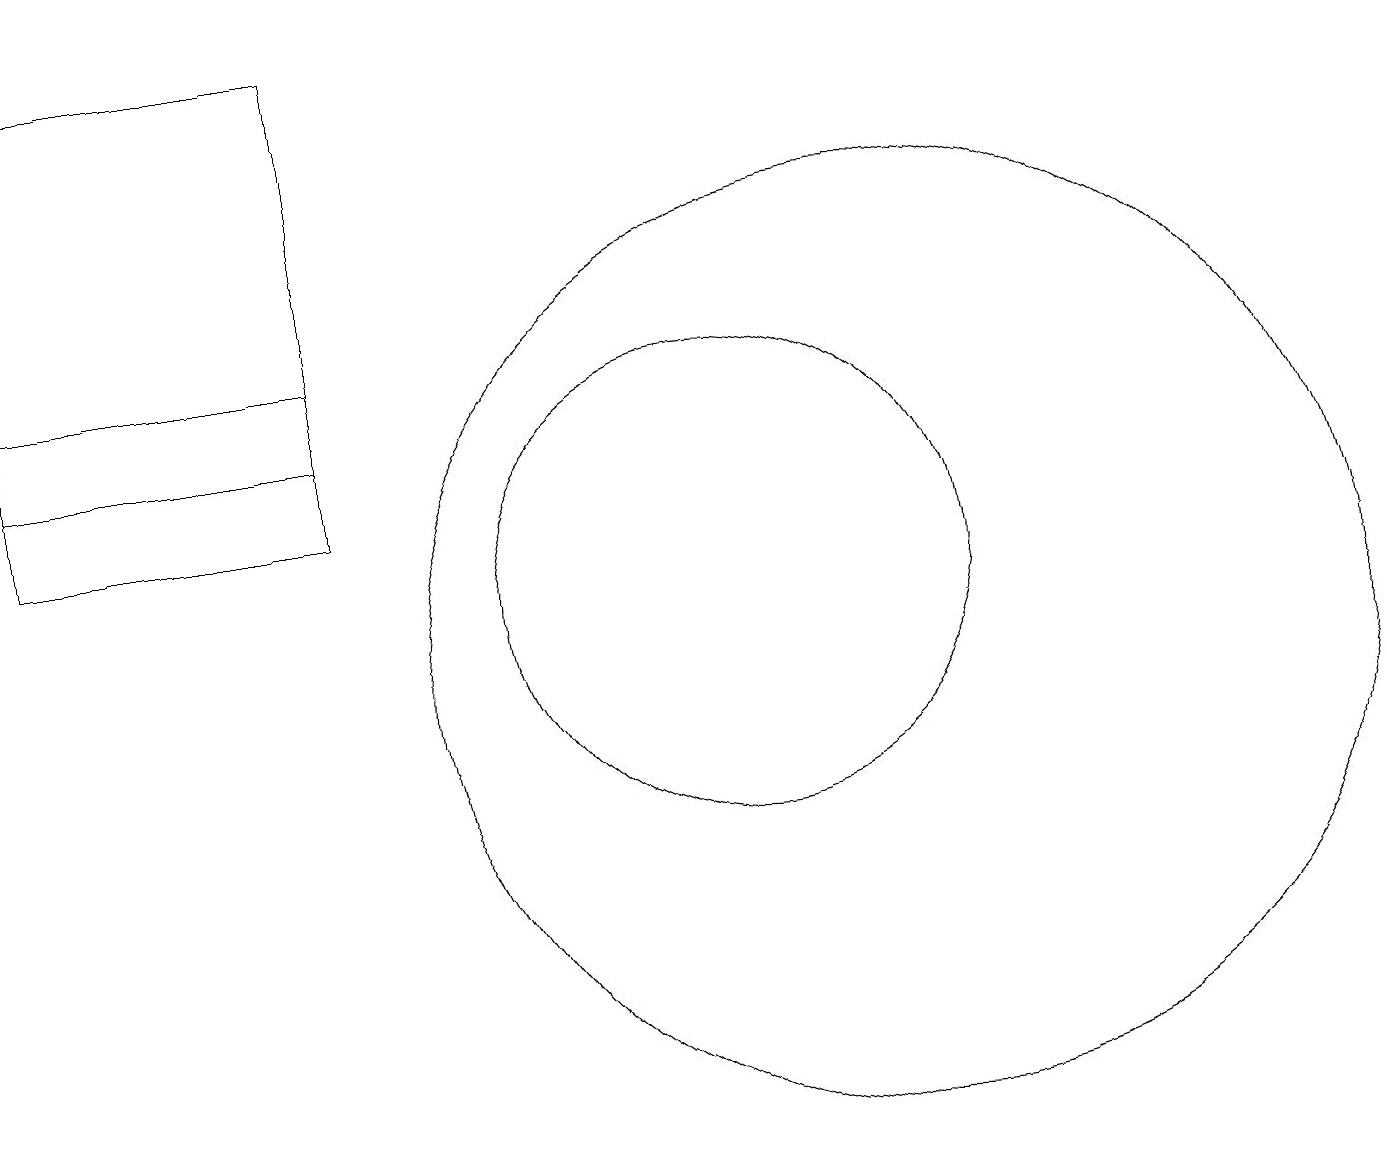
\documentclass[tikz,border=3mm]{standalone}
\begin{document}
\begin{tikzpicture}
\draw (1,18) rectangle (5,12);
\draw (10,11) circle (3);
\draw (12,10) circle (6);
\draw (1,13) rectangle (5,14);
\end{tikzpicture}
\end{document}